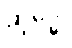
ဆုဒ္ဓေါ